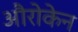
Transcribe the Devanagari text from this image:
औरोकेन